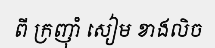
ពី ក្រញ៉ាំ សៀម ខាងលិច